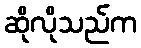
ဆိုလိုသည်က